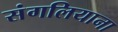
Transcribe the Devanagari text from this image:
संगलियाना